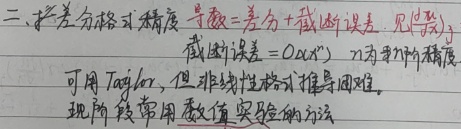
二、扩差分格式精度：导数 = 差分 + 截断误差。见(后文)。截断误差 = \(O(\Delta x^{n})\)，\(n\) 为截断精度。可用 Taylor，但非线性格式推导困难。现阶段常用数值实验的方法。